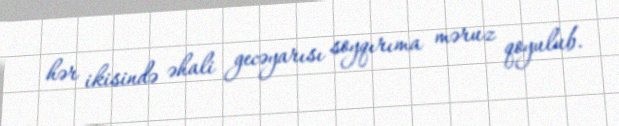
hər ikisində əhali gecəyarısı soyqırıma məruz qoyulub.